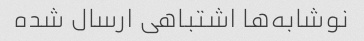
نوشابه‌ها اشتباهی ارسال شده